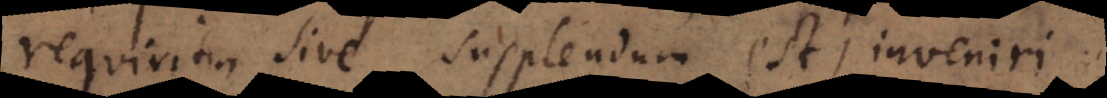
requiritur sive supplendum est, inveniri